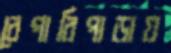
বেপারিপাড়ায়